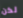
لكن